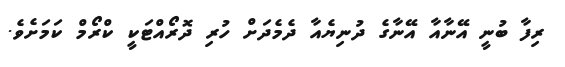
ރިފާ ބުނީ އޭނާއާ އޭނާގެ ދުނިޔެއާ ދެމެދަށް ހުރި ދޮރޯއްޓަކީ ކްރޯމް ކަމަށެވެ.